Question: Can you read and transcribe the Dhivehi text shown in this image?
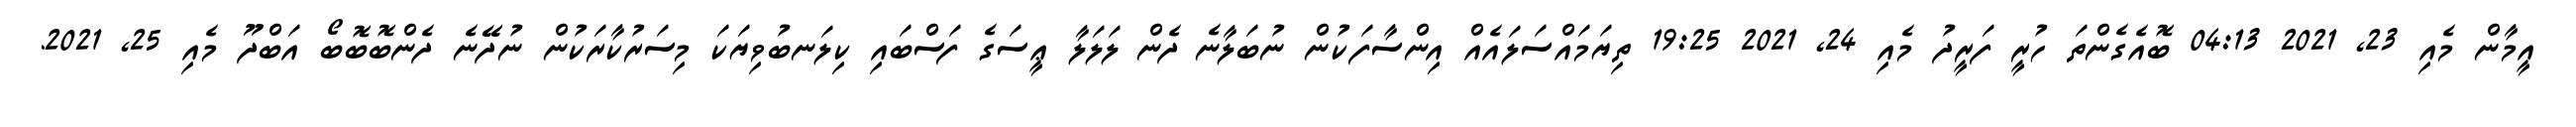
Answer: އީމާން މެއި 23, 2021 04:13 ބޮއެގެންތަ ހުރީ ފަރީދު މެއި 24, 2021 19:25 ތިޔަމައްސަލައެއް އިންސާފަކުން ނުބަލާނެ ދެން ލަލަލާ ޢީސަގެ ފަސްބައި ކިލަނބުވިޔަކަ މިސަރުކާރަކުން ނުދޭނެ ދެންބޮބޮބޯ އަބްދޫ މެއި 25, 2021.